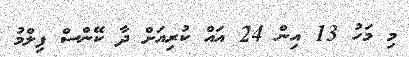
މި މަހު 13 އިން 24 އައް ކުރިއަށް ދާ ކޭންސް ފިލްމު